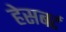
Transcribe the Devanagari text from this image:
हेसबर्ट